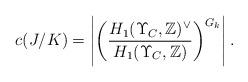
LaTeX: \begin{align*}c(J/K)=\left|\left(\frac{H_1(\Upsilon_C,\mathbb{Z})^\vee}{H_1(\Upsilon_C,\mathbb{Z})}\right)^{G_k}\right|.\end{align*}